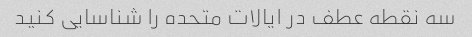
سه نقطه عطف در ایالات متحده را شناسایی کنید